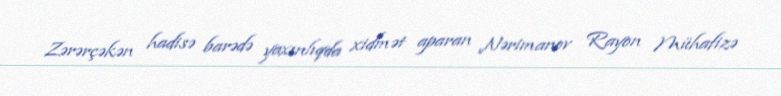
Zərərçəkən hadisə barədə yaxınlıqda xidmət aparan Nərimanov Rayon Mühafizə